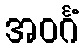
အဝင်္ဂံ